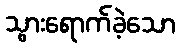
သွားရောက်ခဲ့သော